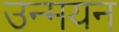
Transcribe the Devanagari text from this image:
उन्मयन